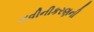
નવીનીકરણની